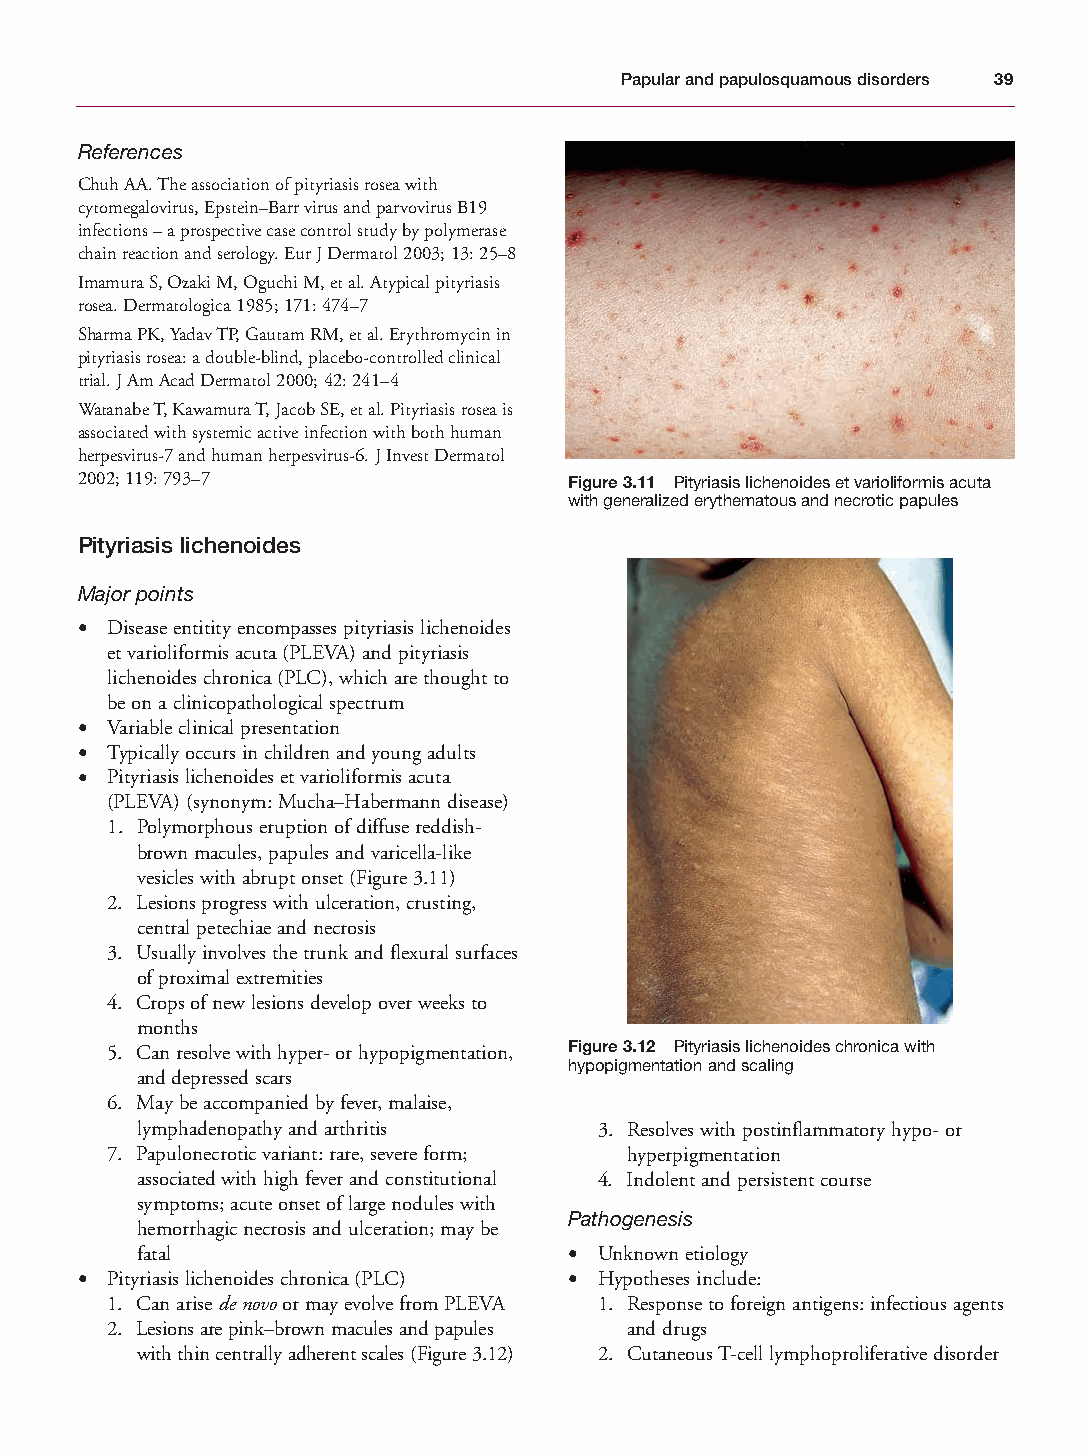
Mallory Chapter 03 27/1/05 1:22 pm Page 39
 Papular and papulosquamous disorders 39
 References
 Chuh AA. The association of pityriasis rosea with
 cytomegalovirus, Epstein–Barr virus and parvovirus B19
 infections – a prospective case control study by polymerase
 chain reaction and serology. Eur J Dermatol 2003; 13: 25–8
 Imamura S, Ozaki M, Oguchi M, et al. Atypical pityriasis
 rosea. Dermatologica 1985; 171: 474–7
 Sharma PK, Yadav TP, Gautam RM, et al. Erythromycin in
 pityriasis rosea: a double-blind, placebo-controlled clinical
 trial. J Am Acad Dermatol 2000; 42: 241–4
 Watanabe T, Kawamura T, Jacob SE, et al. Pityriasis rosea is
 associated with systemic active infection with both human
 herpesvirus-7 and human herpesvirus-6. J Invest Dermatol
 2002; 119: 793–7                 Figure 3.11 Pityriasis lichenoides et varioliformis acuta
 with generalized erythematous and necrotic papules
 Pityriasis lichenoides
 Major points
 • Disease entitity encompasses pityriasis lichenoides
 et varioliformis acuta (PLEVA) and pityriasis
 lichenoides chronica (PLC), which are thought to
 be on a clinicopathological spectrum
 • Variable clinical presentation
 • Typically occurs in children and young adults
 • Pityriasis lichenoides et varioliformis acuta
 (PLEVA) (synonym: Mucha–Habermann disease)
 1. Polymorphous eruption of diffuse reddish-
 brown macules, papules and varicella-like
 vesicles with abrupt onset (Figure 3.11)
 2. Lesions progress with ulceration, crusting,
 central petechiae and necrosis
 3. Usually involves the trunk and flexural surfaces
 of proximal extremities
 4. Crops of new lesions develop over weeks to
 months
 5. Can resolve with hyper- or hypopigmentation, Figure 3.12 Pityriasis lichenoides chronica with
 hypopigmentation and scaling
 and depressed scars
 6. May be accompanied by fever, malaise,
 lymphadenopathy and arthritis  3. Resolves with postinflammatory hypo- or
 7. Papulonecrotic variant: rare, severe form; hyperpigmentation
 associated with high fever and constitutional 4. Indolent and persistent course
 symptoms; acute onset of large nodules with
 Pathogenesis
 hemorrhagic necrosis and ulceration; may be
 fatal                        • Unknown etiology
 • Pityriasis lichenoides chronica (PLC) • Hypotheses include:
 1. Can arise de novoor may evolve from PLEVA 1. Response to foreign antigens: infectious agents
 2. Lesions are pink–brown macules and papules and drugs
 with thin centrally adherent scales (Figure 3.12) 2. Cutaneous T-cell lymphoproliferative disorder